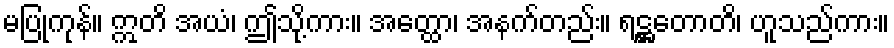
မပြုကုန်။ ဣတိ အယံ၊ ဤသို့ကား။ အတ္ထော၊ အနက်တည်း။ ရဋ္ဌတောတိ၊ ဟူသည်ကား။